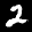
Label: 2